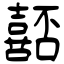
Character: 嚭